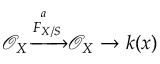
{ \mathcal { O } } _ { X } { \xrightarrow { { \overset { } { F } } _ { X / S } ^ { a } } } { \mathcal { O } } _ { X } \to k ( x )